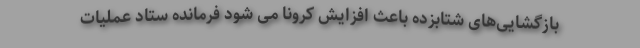
بازگشایی‌های شتابزده باعث افزایش کرونا می شود فرمانده ستاد عملیات